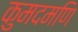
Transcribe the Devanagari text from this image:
कुमदमणि